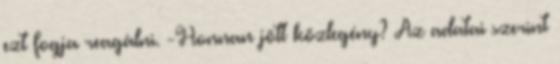
ezt fogja reagálni. -Honnan jött közlegény? Az adatai szerint